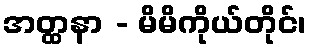
အတ္ထနာ - မိမိကိုယ်တိုင်၊